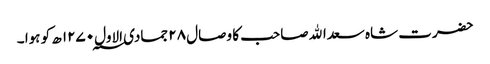
حضرت شاہ سعداﷲ صاحب کا وصال ۲۸ جمادی الاول ۱۲۷۰؁ ھ کو ہوا ۔